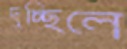
দুচ্ছিলে